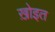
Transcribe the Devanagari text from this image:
ख़ोइत